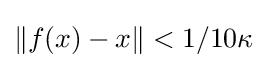
\|f(x)-x\|<1/10\kappa